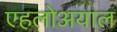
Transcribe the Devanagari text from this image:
एहलोअयाल